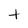
Character: t